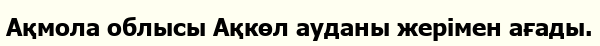
Ақмола облысы Ақкөл ауданы жерімен ағады.